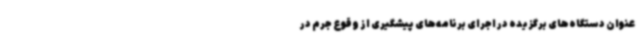
عنوان دستگاه‌های برگزیده در اجرای برنامه‌های پیشگیری از وقوع جرم در